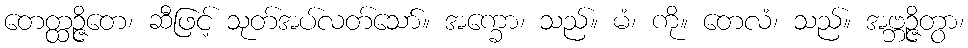
တေတ္ထဉ္ဇိတေ၊ ဆီဖြင့် သုတ်အပ်လတ်သော်။ အက္ခော၊ သည်။ မံ၊ ကို။ တေလံ၊ သည်။ အဗ္ဘဉ္ဇိတွာ၊